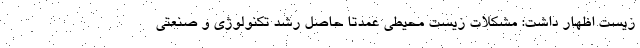
زیست اظهار داشت: مشکلات زیست محیطی عمدتا حاصل رشد تکنولوژی و صنعتی